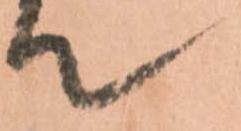
て